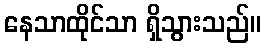
နေသာထိုင်သာ ရှိသွားသည်။